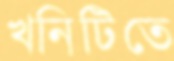
খনিটিতে